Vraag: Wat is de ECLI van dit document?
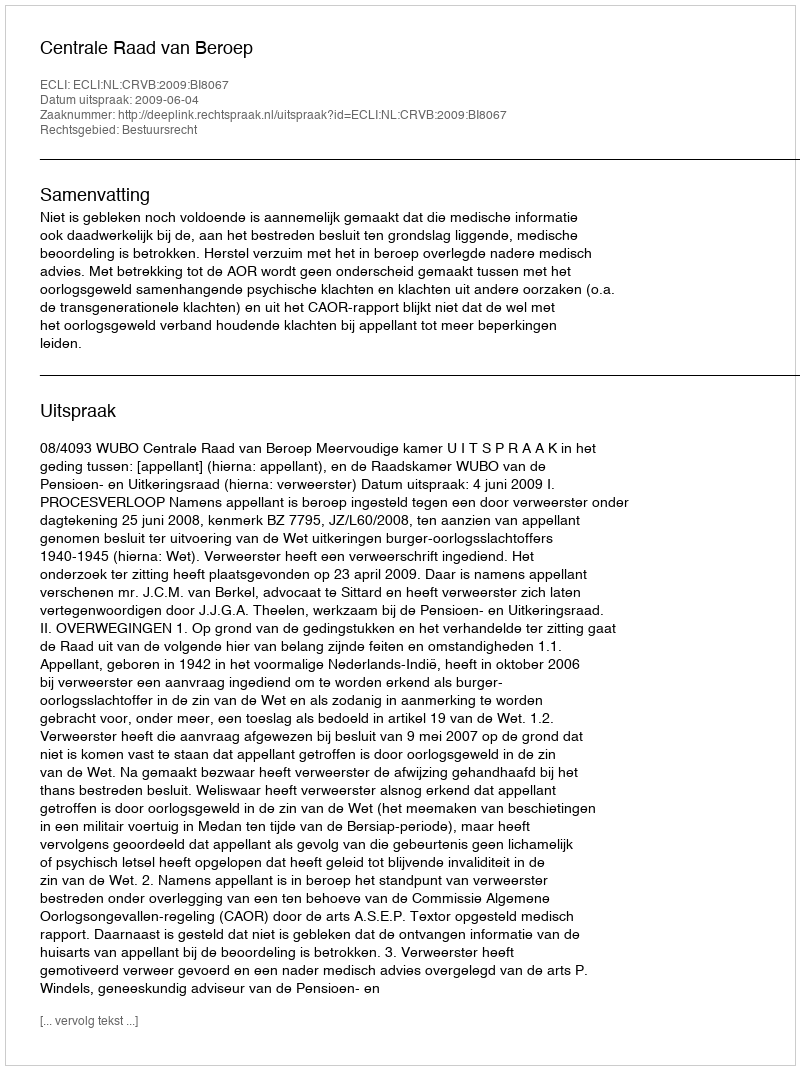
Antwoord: ECLI:NL:CRVB:2009:BI8067